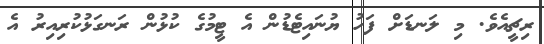
ރިޗީއެވެ. މި ލަނޑަށް ފަހު ޔުނައިޓެޑުން އެ ޓީމުގެ ކުޅުން ރަނގަޅުކުރިއިރު އެ